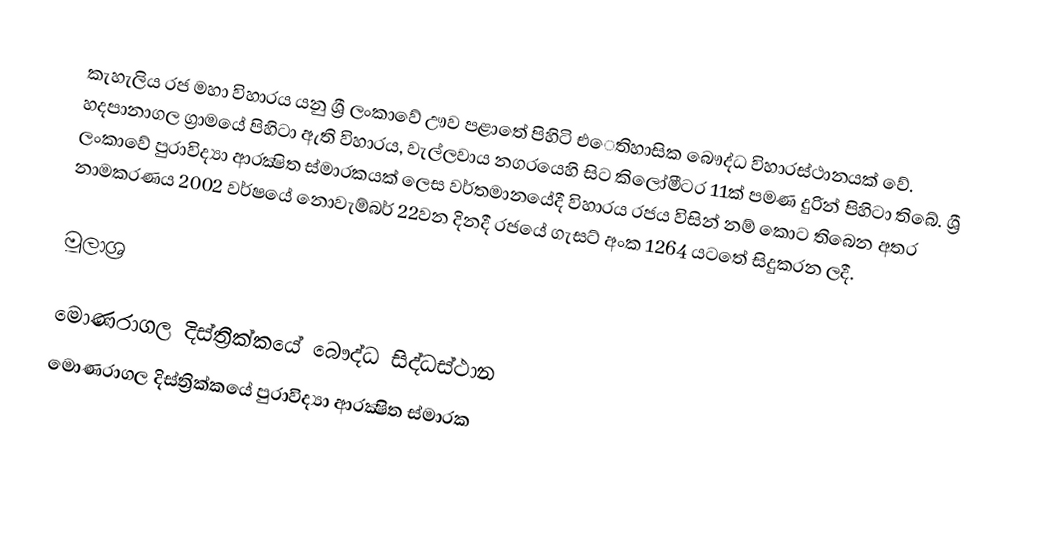
කැහැලිය රජ මහා විහාරය යනු ශ්‍රී ලංකාවේ ඌව පළාතේ පිහිටි එෙතිහාසික බෞද්ධ විහාරස්ථානයක් වේ. හදපානාගල ග්‍රාමයේ පිහිටා ඇති විහාරය, වැල්ලවාය නගරයෙහි සිට කිලෝමීටර 11ක් පමණ දුරින් පිහිටා තිබේ. ශ්‍රී ලංකාවේ පුරාවිද්‍යා ආරක්‍ෂිත ස්මාරකයක් ලෙස වර්තමානයේදී විහාරය රජය විසින් නම් කොට තිබෙන අතර නාමකරණය 2002 වර්ෂයේ නොවැම්බර් 22වන දිනදී රජයේ ගැසට් අංක 1264 යටතේ සිදුකරන ලදී.

මූලාශ්‍ර

මොණරාගල දිස්ත්‍රික්කයේ බෞද්ධ සිද්ධස්ථාන
මොණරාගල දිස්ත්‍රික්කයේ පුරාවිද්‍යා ආරක්‍ෂිත ස්මාරක